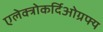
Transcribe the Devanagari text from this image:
एलेक्त्रोकर्दिओग्रफ्य